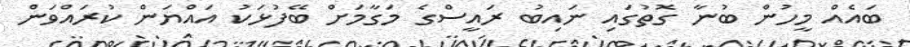
ބައެއް މީހުން ބުނާ ގޮތުގައި ނައިބު ރައީސްގެ މަގާމަށް ބޭފުޅަކު އައްޔަން ކުރައްވަން